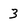
Character: 3